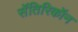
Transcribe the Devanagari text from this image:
सॅतिरिकॉन